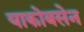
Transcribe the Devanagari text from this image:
याकोबसेन